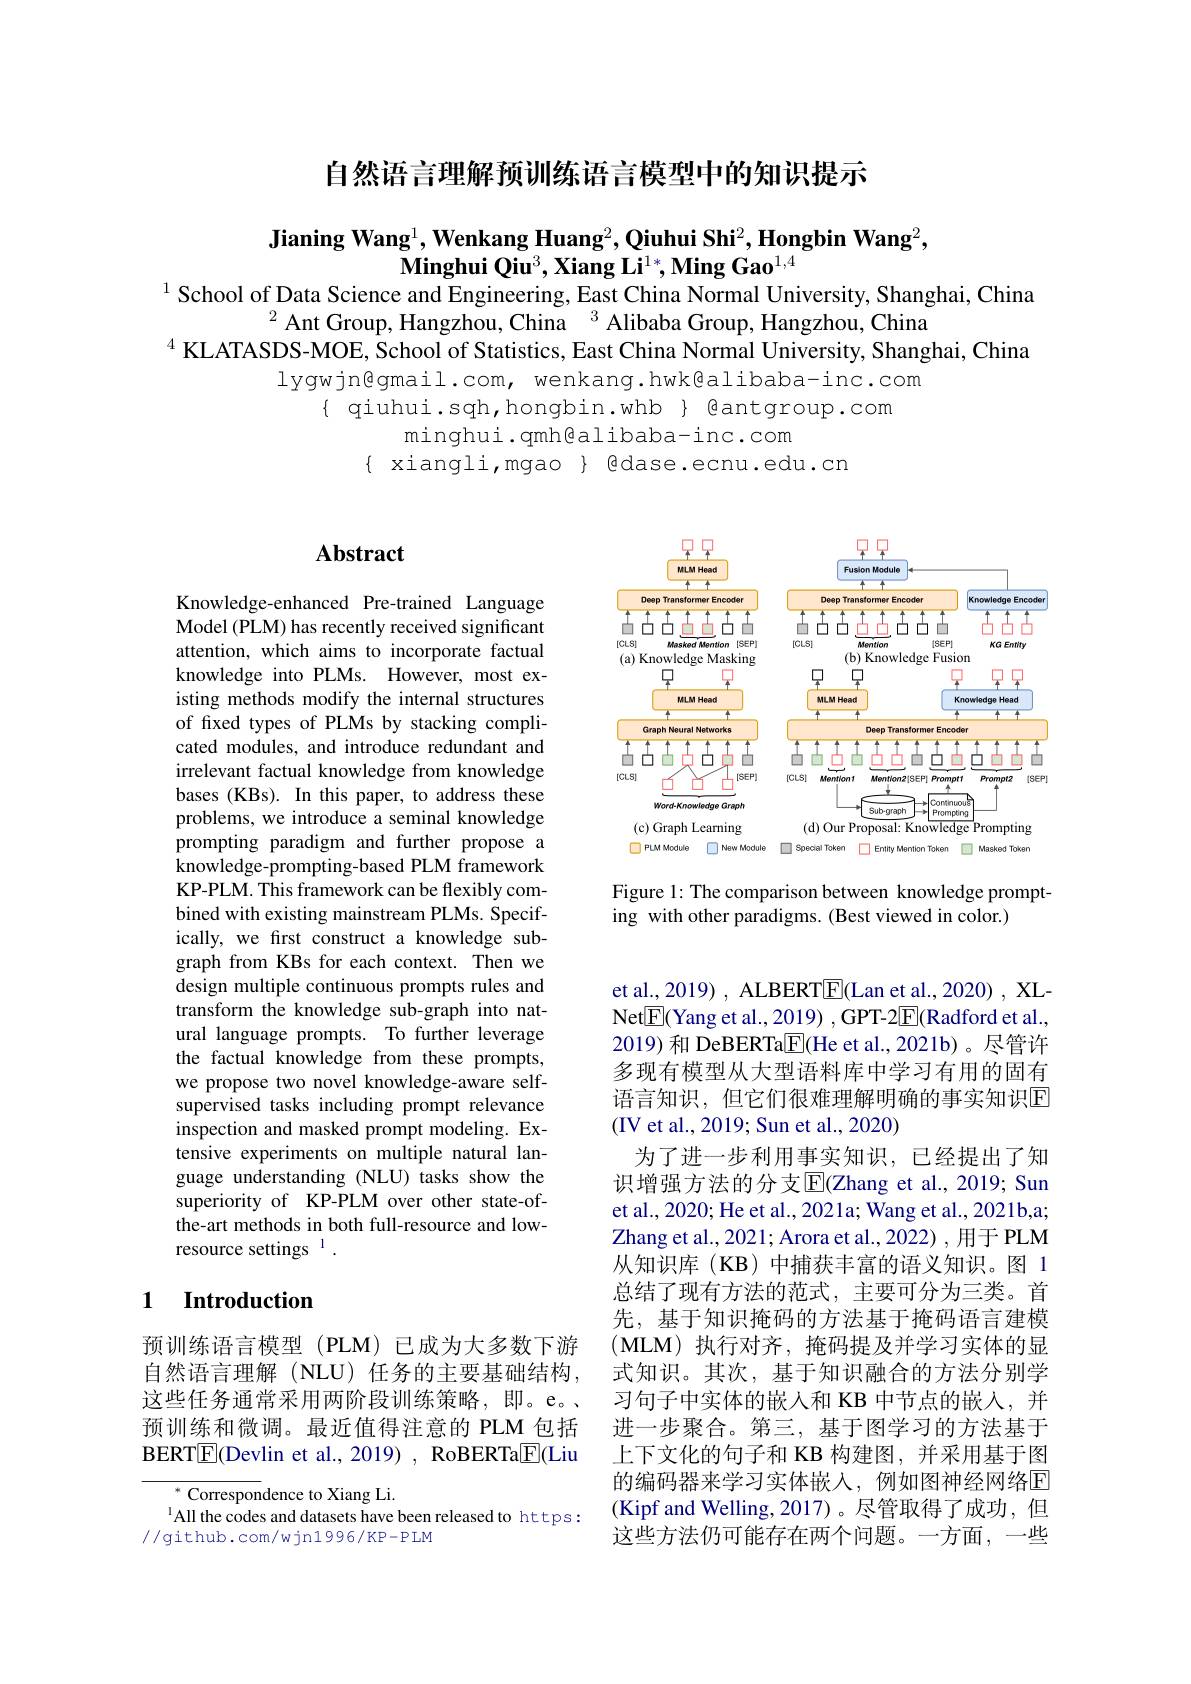
自然语言理解预训练语言模型中的知识提示

$\textbf{Jianing Wang}^1,\textbf{Wenkang Huang}^2,\textbf{Qiuhui Shi}^2,\textbf{Hongbin Wang}^2$,
$\textbf{Minghui Qiu}^3,\textbf{Xiang Li}^1*,\textbf{Ming Gao}^{1,4}$
$^{1}$ School of Data Science and Engineering, East China Normal University, Shanghai, China

$^{2}$Ant Group, Hangzhou, China$^3$ Alibaba Group, Hangzhou, China
$^4$ KLATASDS-MOE, School of Statistics, East China Normal University, Shanghai, China
lygwjn@gmail.com, wenkang.hwk@alibaba-inc.com
{ qiuhui.sqh, hongbin.whb} Bantgroup.com
minghui.qmh@alibaba-inc.com
$\{$ xiangli,mgao $\}$ gdase.ecnu.edu.cn

## $\mathbf{Abstract}$

<FigureHere>

Figure 1: The comparison between knowledge prompt-
ing with other paradigms. (Best viewed in color.)

Knowledge-enhanced Pre-trained Language Model (PLM) has recently received significant attention, which aims to incorporate factual knowledge into PLMs. However, most existing methods modify the internal structures of fixed types of PLMs by stacking complicated modules, and introduce redundant and irrelevant factual knowledge from knowledge bases (KBs). In this paper, to address these problems, we introduce a seminal knowledge prompting paradigm and further propose a knowledge-prompting-based PLM framework KP-PLM. This framework can be flexibly combined with existing mainstream PLMs. Specifically, we frst construct a knowledge subgraph from KBs for each context. Then we design multiple continuous prompts rules and transform the knowledge sub-graph into natural language prompts. To further leverage the factual knowledge from these prompts, we propose two novel knowledge-aware selfsupervised tasks including prompt relevance inspection and masked prompt modeling. Extensive experiments on multiple natural language understanding (NLU) tasks show the superiority of KP-PLM over other state-ofthe-art methods in both full-resource and lowresource settings 1 .

(IV et al., 2019; Sun et al., 2020)

et al., 2019) , ALBERT$\underline{\mathrm{E}}($Lan et al., 2020) , XLNet$\boxed{\mathrm{E}}($Yang et al., 2019) , GPT-2$\boxed{\mathrm{F}}($Radford et al., 2019) 和 DeBERTa$\underline{\mathrm{E}}$(He et al., 2021b)。尽管许多现有模型从大型语料库中学习有用的固有语言知识，但它们很难理解明确的事实知识E
为了进一步利用事实知识，已经提出了知识增强方法的分支$\overline{\mathrm{E}}$(Zhang et al., 2019; Sun et al., 2020; He et al., 2021a; Wang et al., 2021b,a; Zhang et al., 2021; Arora et al., 2022) , 用于 PLM 从知识库(KB)中捕获丰富的语义知识。图 1总结了现有方法的范式，主要可分为三类。首先，基于知识掩码的方法基于掩码语言建模(MLM)执行对齐，掩码提及并学习实体的显式知识。其次，基于知识融合的方法分别学习句子中实体的嵌入和 KB 中节点的嵌入，并进一步聚合。第三，基于图学习的方法基于上下文化的句子和 KB 构建图，并采用基于图的编码器来学习实体嵌入，例如图神经网络$\overline{\mathrm{E}}$ (Kipf and Welling, 2017)。尽管取得了成功，但这些方法仍可能存在两个问题。一方面，一些

## 1 Introduction

预训练语言模型(PLM)已成为大多数下游自然语言理解(NLU)任务的主要基础结构， 这些任务通常采用两阶段训练策略，即。e。预训练和微调。最近值得注意的 PLM 包括BERT$\boxed{\mathrm{F}}($Devlin et al., 2019) , RoBERTa$\boxed{\mathrm{F}}($Liu

$^{*}{\mathrm{~Correspondence~to~Xiang~Li.}}$
$^{1}$All the codes and datasets have been released to https:
//github.com/wjn1996/KP-PLM